Annual report on the lock hospitals of the Madras Presidency
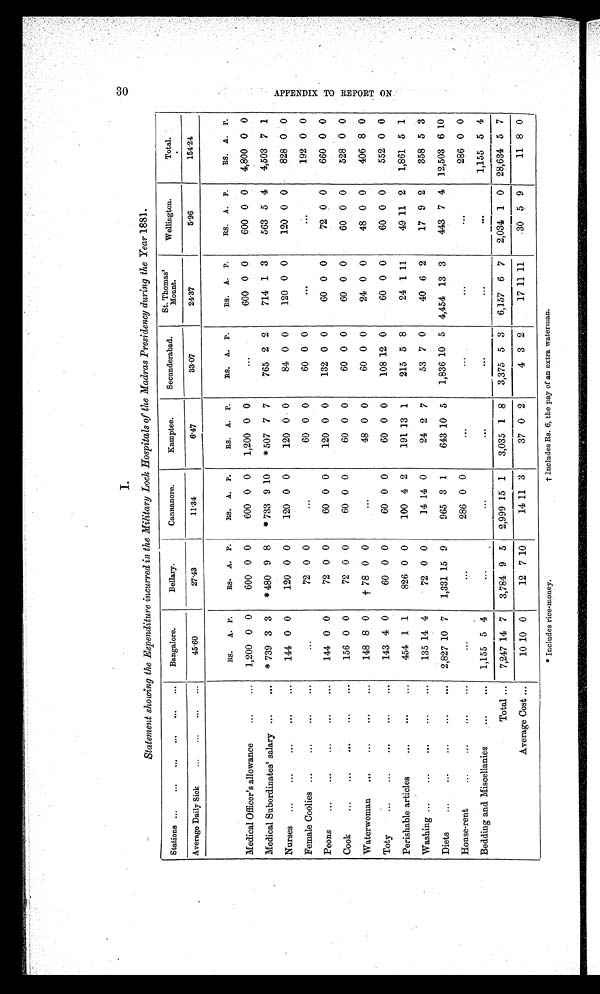
I
Statement showing the Expenditure incurred in the Military Lock Hospitals of the Madras Presidency during the Year 1881.
Stations ... ... ... ... ... ... Bangalore.
Bellary.
Cannanore.
kamptee.
Secunderabad.
St. Thomas'
Mount.
Wellington.
Total.
Average Daily Sick ... ... ... ...
45.60
27.43
11.34
6.47
33.07
24.37
5.96
154.24
RS. A. P.
RS. A. P.
RS. A. P.
RS. A. P.
RS. A. P.
RS. A. P.
RS. A. P.
RS. A. P.
Medical Officer's allowance
... ... 1,200 0 0
600 0 0
600 0 0 1,200 0 0
...
600 0 0
600 0 0 4,800 0 0
Medical Subordinates' salary ...
... * 739 3 3 * 480 9 8 * 733 9 10 * 507 7 7
765 2 2
714 1 3
563 5 4 4,503 7 1
Nurses ...
... ...
...
...
144 0 0
120 0 0
120 0 0
120 0 0
84 0 0
120 0 0
120 0 0
828 0 0
Female Coolies ... ...
...
... ...
72 0 0
...
60 0 0
60 0 0
... ...
192 0 0
Peons ... ... ... ... ...
144 0 0
72 0 0
60 0 0
120 0 0
132 0 0
60 0 0
72 0 0
660 0 0
Cook
...
... ... ... ...
156 0 0
72 0 0
60 0 0
60 0 0
60 0 0
60 0 0
60 0 0
528 0 0
Waterwoman ...
... ... ...
148 8 0 † 78 0 0
...
48 0 0
60 0 0
24 0 0
48 0 0
406 8 0
Toty
...
...
...
...
...
143 4 0
60 0 0
60 0 0
60 0 0
108 12 0
60 0 0
60 0 0
552 0 0
Perishable articles
...
...
...
454 1 1
826 0 0
100 4 2
191 13 1
215 5 8
24 1 11
49 11 2 1,861 5 1
Washing ...
...
...
...
...
135 14 4
72 0 0
14 14 0
24 2 7
53 7 0
40 6 2
17 9 2
358 5 3
Diets ...
... ...
... ... 2,827 10 7 1,331 15 9
965 3 1
643 10 5 1,836 10 5 4,454 13 3
443 7 4 12,503 6 10
House-rent
...
...
...
...
...
...
286 0 0
...
...
...
...
286 0 0
Bedding and Miscellanies
...
... 1,155 5 4
... ... ... ... ... ...
1,155 5 4
Total ... 7,247 14 7 3,784 9 5 2,999 15 1 3,035 1 8 3,375 5 3 6,157 6 7 2,034 1 0 28,634 5 7
Average Cost ...
10 10 0
12 7 10
14 11 3
37 0 2
4 3 2
17 11 11
30 5 9
11 8 0
* I n c l u d e s r i c e - m o n e y .
3 0
A P P E N D I X T O R E P O R T O N
• Includes rice-money.
Includes Rs. 6, the pay of an extra Waterman.